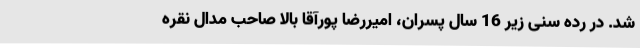
شد. در رده سنی زیر 16 سال پسران، امیررضا پورآقا بالا صاحب مدال نقره